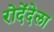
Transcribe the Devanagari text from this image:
रोदेंदेला